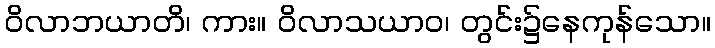
ဝိလာဘယာတိ၊ ကား။ ဝိလာသယာဝ၊ တွင်း၌နေကုန်သော။